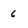
Character: 6